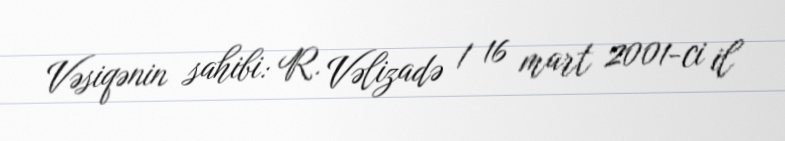
Vəsiqənin sahibi: R. Vəlizadə / 16 mart 2001-ci il